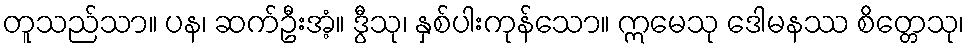
တူသည်သာ။ ပန၊ ဆက်ဦးအံ့။ ဒွီသု၊ နှစ်ပါးကုန်သော။ ဣမေသု ဒေါမနဿ စိတ္တေသု၊